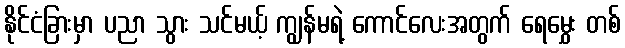
နိုင်ငံခြားမှာ ပညာ သွား သင်မယ့် ကျွန်မရဲ့ ကောင်လေးအတွက် ရေမွှေး တစ်